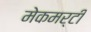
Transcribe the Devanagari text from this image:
मेकमर्टी